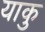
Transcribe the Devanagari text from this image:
याकु